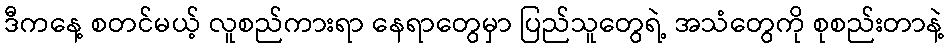
ဒီကနေ့ စတင်မယ့် လူစည်ကားရာ နေရာတွေမှာ ပြည်သူတွေရဲ့ အသံတွေကို စုစည်းတာနဲ့